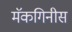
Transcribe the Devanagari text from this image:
मॅकगिनीस